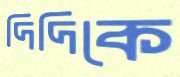
দিদিকে